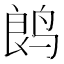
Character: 𬸏